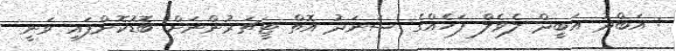
: އަބްދު އަބީދް ލެވެލް ފަހެއްގެ ސަނަދު އޮތް ޓީޗަރުންނަށް ބޮޑުކޮށްފައި ވަނީ